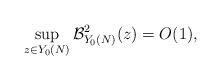
LaTeX: \begin{align*}\sup_{z\in Y_{0}(N)}\mathcal{B}_{Y_{0}(N)}^{2}(z)=O(1),\end{align*}